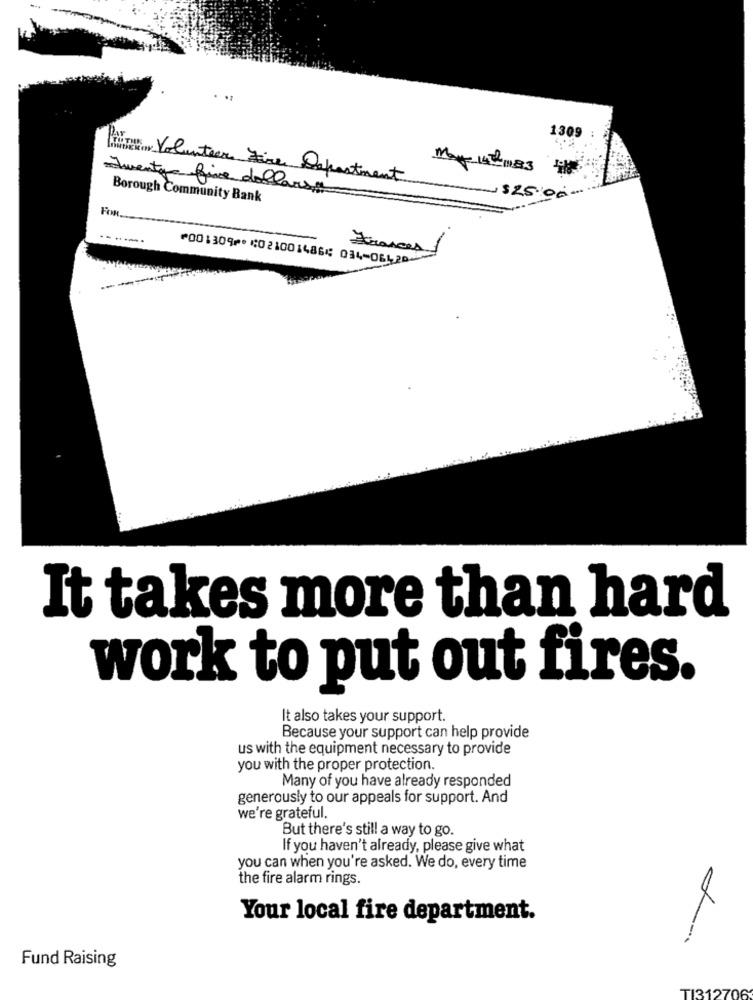
1309
May 142 083 til
INTER ( Volunteer Fire Department
Twenty five dollarsa
Borough Community Bank
~$25.00 .
FOR.
----
Frances
⑈001309⑈ ⑆021001486⑆ 034⑉06420⑈
It takes more than hard
work to put out fires.
It also takes your support.
Because your support can help provide
us with the equipment necessary to provide
you with the proper protection.
Many of you have already responded
generously to our appeals for support. And
we're grateful.
But there's still a way to go.
If you haven't already, please give what
you can when you're asked. We do, every time
the fire alarm rings.
Your local fire department.
Fund Raising
TI3127